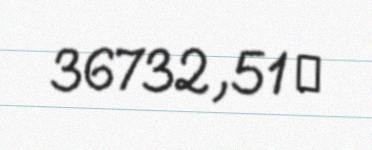
36732,51 ₼